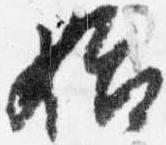
始